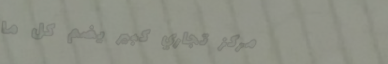
مركز تجاري كبير يضم كل ما